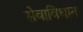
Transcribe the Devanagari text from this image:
सेवाविधान